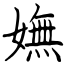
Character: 嫵